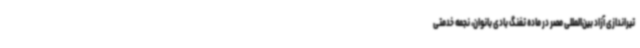
تیراندازی آزاد بین‌المللی مصر در ماده تفنگ بادی بانوان، نجمه خدمتی